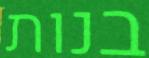
בנות